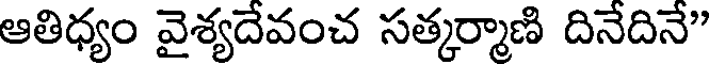
ఆతిధ్యం వైశ్యదేవంచ సత్కర్మాణి దినేదినే"